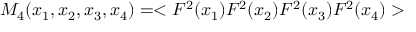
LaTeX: M _ { 4 } ( x _ { 1 } , x _ { 2 } , x _ { 3 } , x _ { 4 } ) = < F ^ { 2 } ( x _ { 1 } ) F ^ { 2 } ( x _ { 2 } ) F ^ { 2 } ( x _ { 3 } ) F ^ { 2 } ( x _ { 4 } ) >